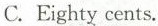
C.Eighty cents.